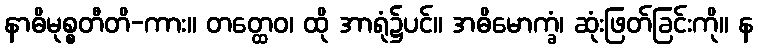
နာဓိမုစ္စတီတိ-ကား။ တတ္ထေဝ၊ ထို အာရုံ၌ပင်။ အဓိမောက္ခံ၊ ဆုံးဖြတ်ခြင်းကို။ န